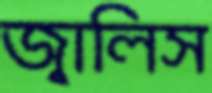
জ্বালিস